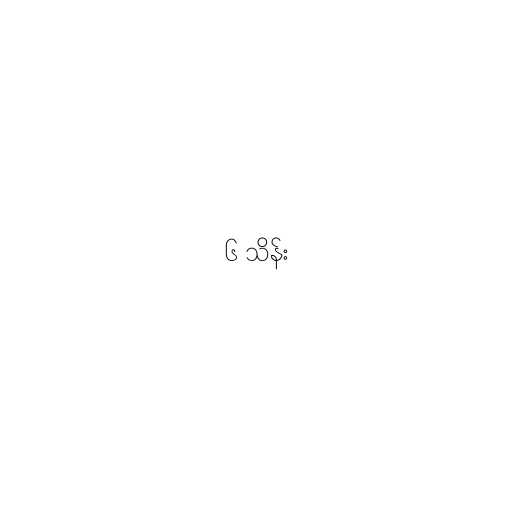
၆ သိန်း